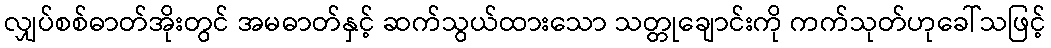
လျှပ်စစ်ဓာတ်အိုးတွင် အမဓာတ်နှင့် ဆက်သွယ်ထားသော သတ္တုချောင်းကို ကက်သုတ်ဟုခေါ်သဖြင့်